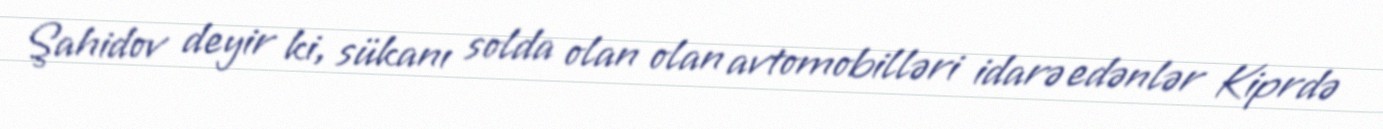
Şahidov deyir ki, sükanı solda olan olan avtomobilləri idarə edənlər Kiprdə